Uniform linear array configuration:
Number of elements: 16
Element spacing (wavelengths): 0.25
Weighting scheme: hann
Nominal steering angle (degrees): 15
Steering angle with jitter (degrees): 15.224
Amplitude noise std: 0.05
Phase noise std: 0.05

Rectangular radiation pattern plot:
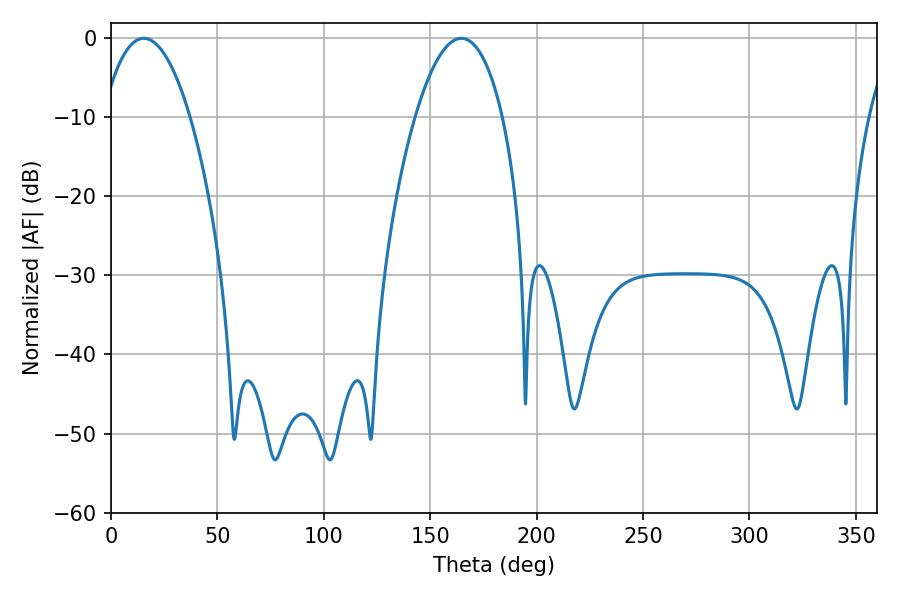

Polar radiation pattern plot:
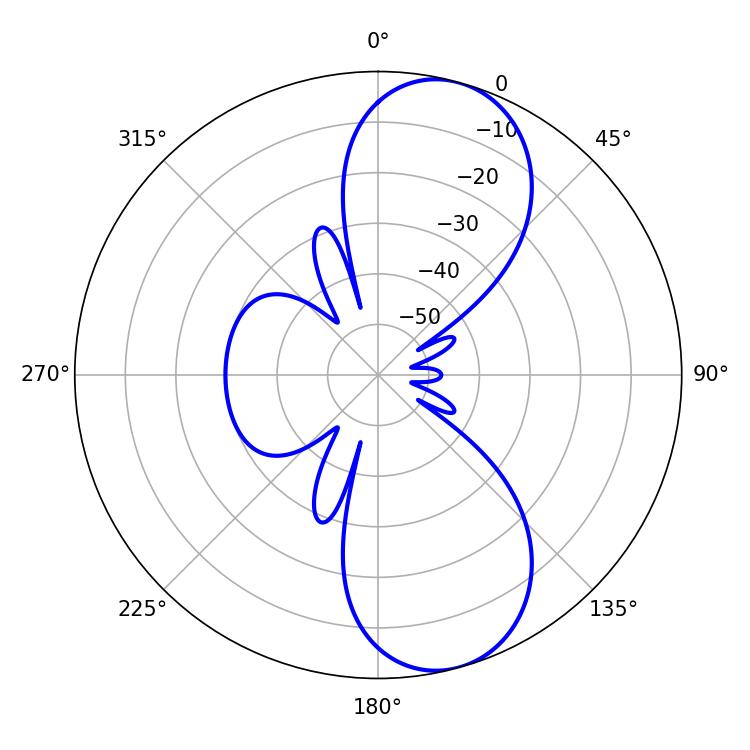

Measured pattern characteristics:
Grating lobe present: FALSE
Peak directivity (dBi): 9.366
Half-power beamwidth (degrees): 22.86
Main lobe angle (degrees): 15.48